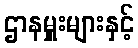
ဌာနမှူးများနှင့်